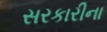
સરકારીના